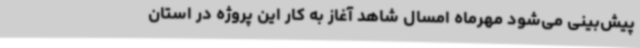
پیش‌بینی می‌شود مهرماه امسال شاهد آغاز به کار این پروژه در استان